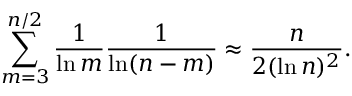
\sum _ { m = 3 } ^ { n / 2 } { \frac { 1 } { \ln m } } { \frac { 1 } { \ln ( n - m ) } } \approx { \frac { n } { 2 ( \ln n ) ^ { 2 } } } .